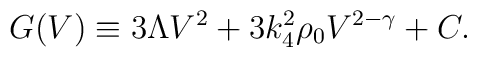
G(V) \equiv 3\Lambda V^2 + 3 k_4^2 \rho_0 V^{2-\gamma} + C.